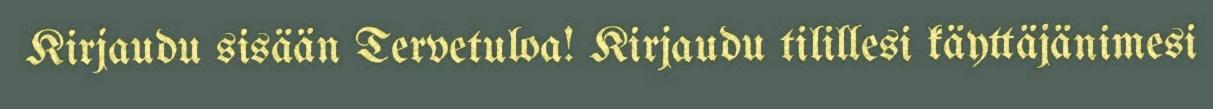
Kirjaudu sisään Tervetuloa! Kirjaudu tilillesi käyttäjänimesi